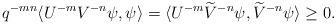
LaTeX: \begin{align*}q^{-mn}\langle U^{-m}V^{-n}\psi,\psi\rangle=\langle U^{-m}\widetilde{V}^{-n}\psi,\widetilde{V}^{-n}\psi\rangle\ge 0.\end{align*}